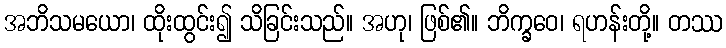
အဘိသမယော၊ ထိုးထွင်း၍ သိခြင်းသည်။ အဟု၊ ဖြစ်၏။ ဘိက္ခဝေ၊ ရဟန်းတို့။ တဿ